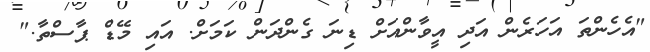
"އެހެންތަ އަހަރެން އަދި އީވާންއަށް ޑިނަ ގެންދަން ކަމަށް. އައި މޭޑް ޕާސްތާ."